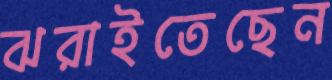
ঝরাইতেছেন